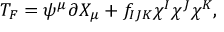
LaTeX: T _ { F } = \psi ^ { \mu } \partial X _ { \mu } + f _ { I J K } \chi ^ { I } \chi ^ { J } \chi ^ { K } ,